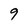
Character: 9